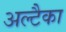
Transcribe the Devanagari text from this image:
अल्टैका